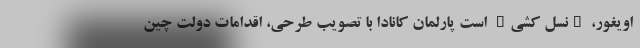
اویغور، "نسل کشی" است پارلمان کانادا با تصویب طرحی، اقدامات دولت چین